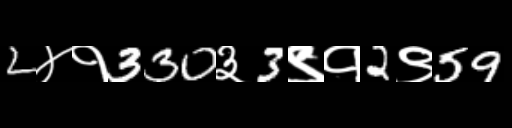
Text: 2४१330३3९१2९59